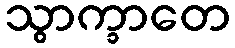
သွာက္ခာတေ